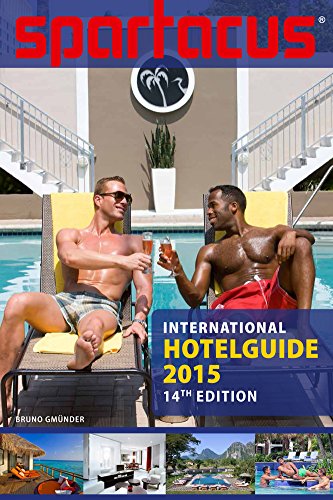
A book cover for Spartacus International Hotel Guide; Briand Bedford; Gay & Lesbian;